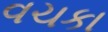
વચકા